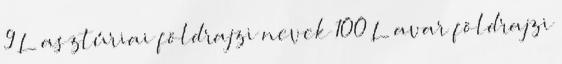
9 L asztúriai földrajzi nevek‎ 100 L avar földrajzi